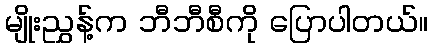
မျိုးညွှန့်က ဘီဘီစီကို ပြောပါတယ်။